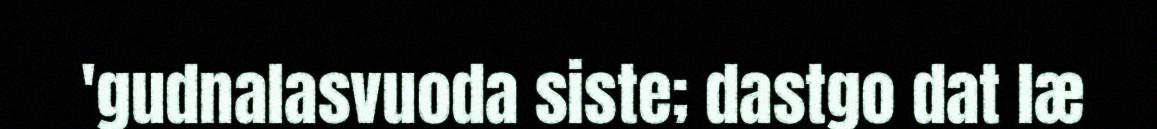
'gudnalasvuoda siste; dastgo dat læ